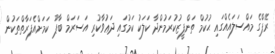
ރޭޕްގެ މައްސަލައެއްގައި ޙުކުމް ތަންފީޒުކުރަމުންދާ ކަލަކު ކަމުގައި ދަޢުވާކުރި އަސަރަމް ބާޕޫ ކަމަށްއެފަރާތްތަކުން